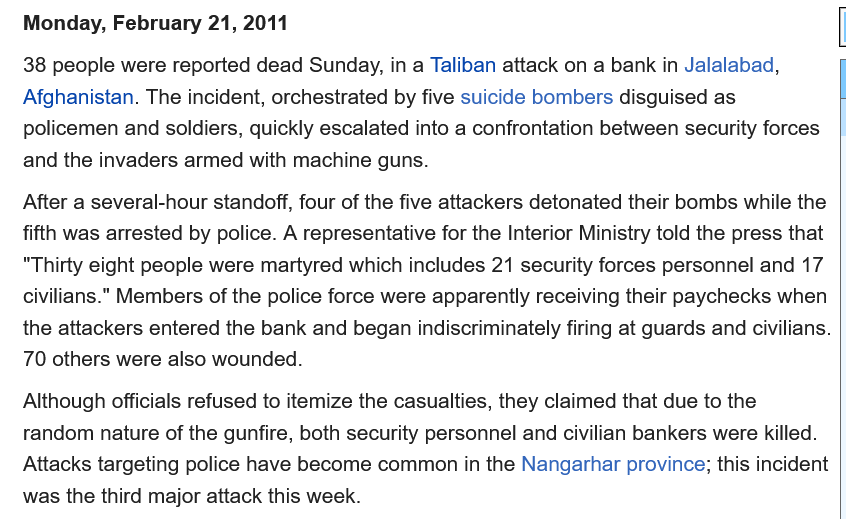
Monday, February  21, 2011
   38 people were reported dead Sunday, in a Taliban attack on a bank in Jalalabad,
   Afghanistan. The incident, orchestrated by five suicide bombers disguised as
   policemen and soldiers, quickly escalated into a confrontation between security forces
   and the invaders armed with machine guns.
   After a several-hour standoff, four of the five attackers detonated their bombs while the
   fifth was arrested by police. A representative for the Interior Ministry told the press that
   “Thirty eight people were martyred which includes 21 security forces personnel and 17
   civilians." Members of the police force were apparently receiving their paychecks when
   the attackers entered the bank and began indiscriminately firing at guards and civilians.
   70 others were also wounded.
   Although officials refused to itemize the casualties, they claimed that due to the
   random nature of the gunfire, both security personnel and civilian bankers were killed.
   Attacks targeting police have become common in the Nangarhar province; this incident
   was the third major attack this week.